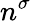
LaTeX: n^{\sigma}